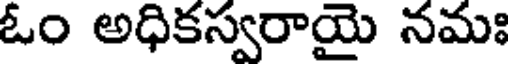
ఓం అధికస్వరాయై నమః